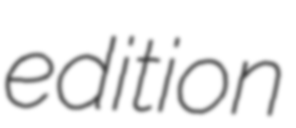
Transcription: edition